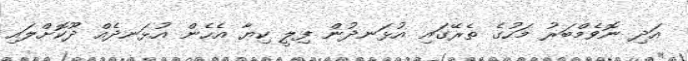
އަދި ނޮވެމްބަރު މަހުގެ ތެރޭގައި އުޅަނދުން ފިލީ ކިޔާ އެހެން އުޅަނދެއް ދޫކޮށްލައި